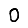
Digit: 0